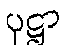
ပုဋ္ဌာ